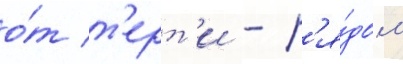
о́т т'ерт'и - р'я́дом